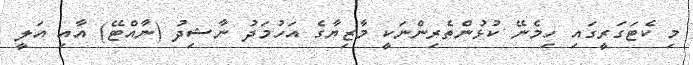
މި ކެޓަގަރީގައި ހިމެނޭ ކުޅުންތެރިންނަކީ މާޒިޔާގެ އަހުމަދު ނާޝިދު (ނާއްޓޭ) އާއި އަލީ